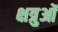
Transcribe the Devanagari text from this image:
क्षत्रुओं